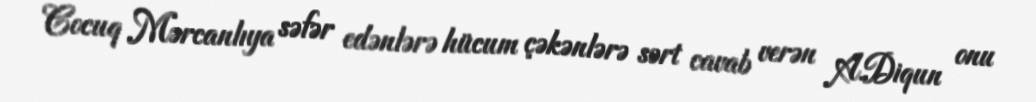
Cocuq Mərcanlıya səfər edənlərə hücum çəkənlərə sərt cavab verən A.Diqun onu